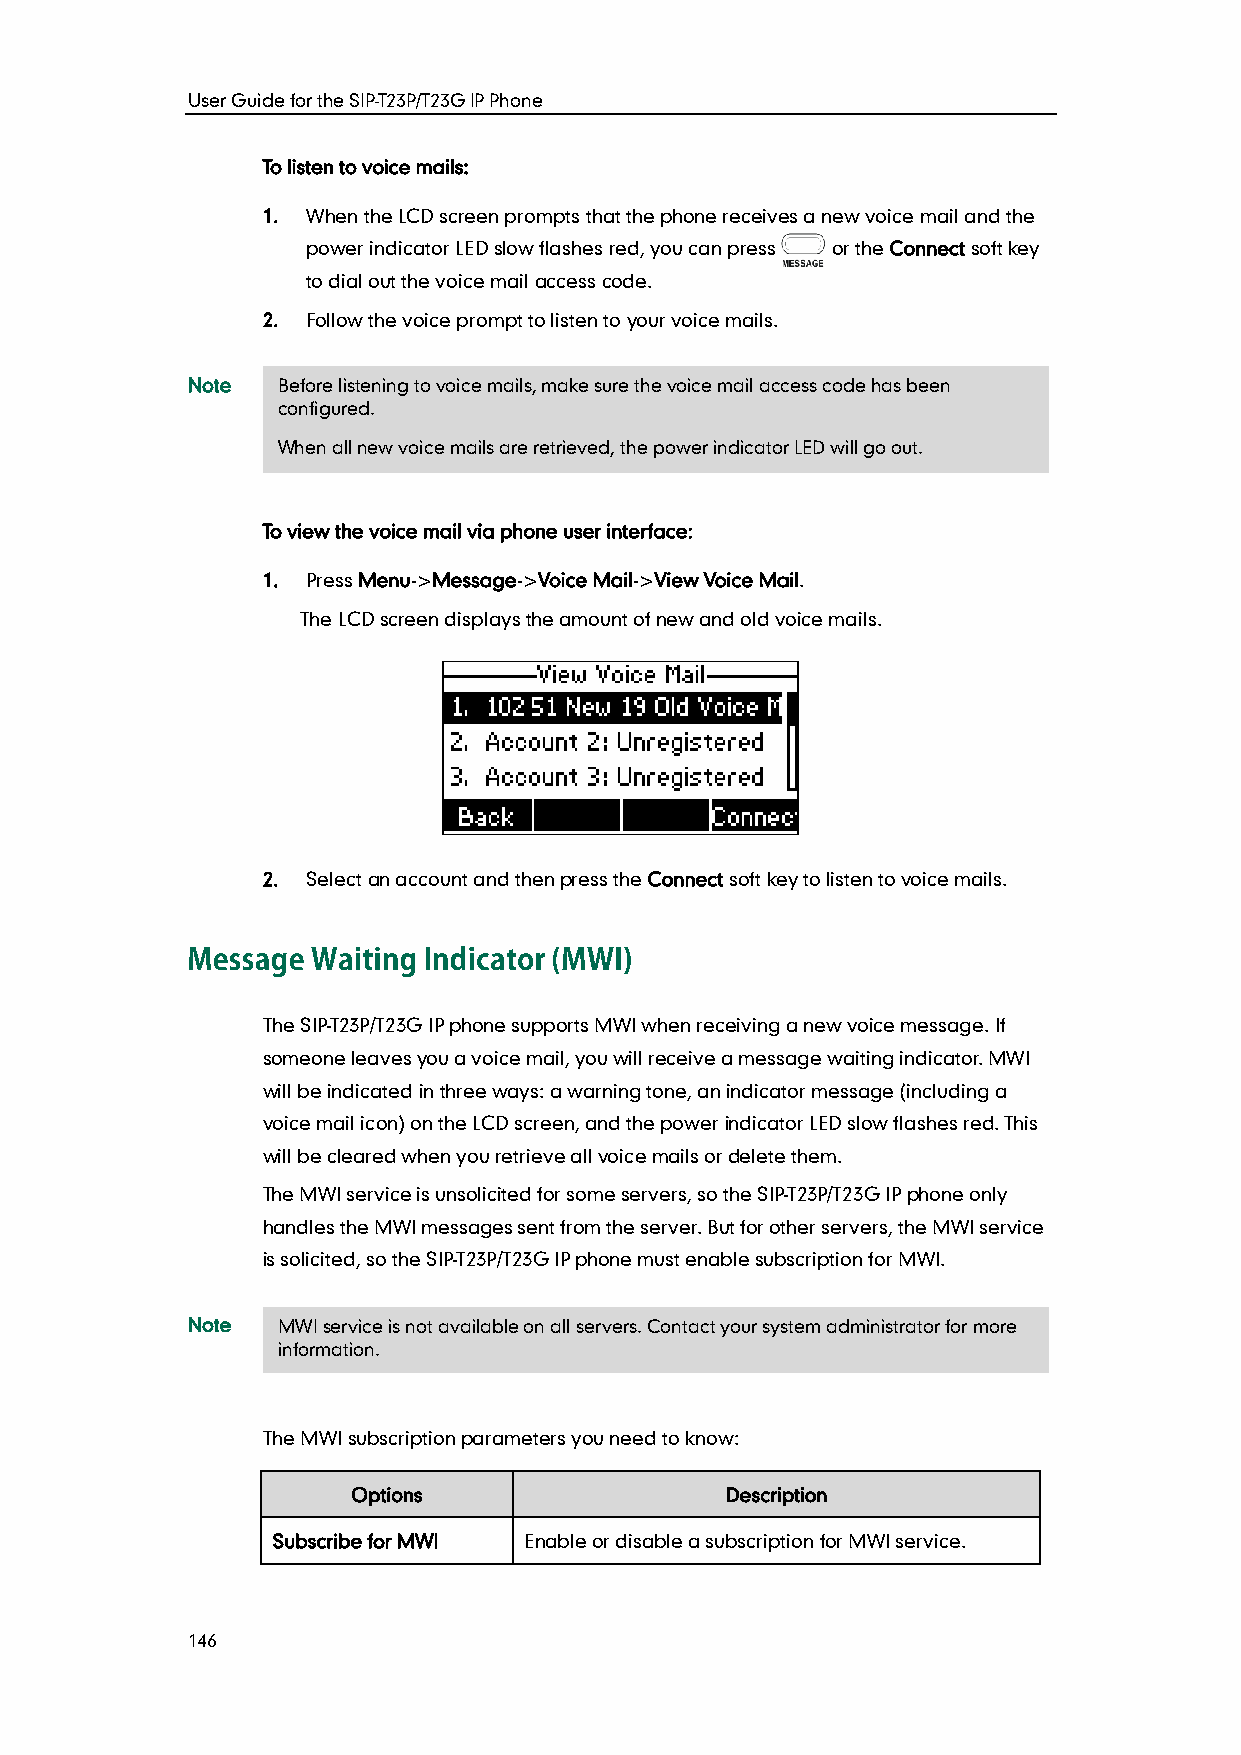
User Guide for the SIP-T23P/T23G IP Phone
 To listen to voice mails:
 1. When the LCD screen prompts that the phone receives a new voice mail and the
 power indicator LED slow flashes red, you can press or the Connect soft key
 to dial out the voice mail access code.
 2. Follow the voice prompt to listen to your voice mails.
 Note  Before listening to voice mails, make sure the voice mail access code has been
 configured.
 When all new voice mails are retrieved, the power indicator LED will go out.
 To view the voice mail via phone user interface:
 1. Press Menu->Message->Voice Mail->View Voice Mail.
 The LCD screen displays the amount of new and old voice mails.
 2. Select an account and then press the Connect soft key to listen to voice mails.
 The SIP-T23P/T23G IP phone supports MWI when receiving a new voice message. If
 someone leaves you a voice mail, you will receive a message waiting indicator. MWI
 will be indicated in three ways: a warning tone, an indicator message (including a
 voice mail icon) on the LCD screen, and the power indicator LED slow flashes red. This
 will be cleared when you retrieve all voice mails or delete them.
 The MWI service is unsolicited for some servers, so the SIP-T23P/T23G IP phone only
 handles the MWI messages sent from the server. But for other servers, the MWI service
 is solicited, so the SIP-T23P/T23G IP phone must enable subscription for MWI.
 Note  MWI service is not available on all servers. Contact your system administrator for more
 information.
 The MWI subscription parameters you need to know:
 Options                  Description
 Subscribe for MWI Enable or disable a subscription for MWI service.
 146